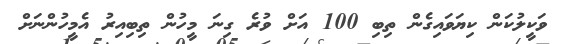
ވަކީލުކަން ކިޔަވައިގެން ތިބި 100 އަށް ވުރެ ގިނަ މީހުން ތިބިއިރު އެމީހުންނަށް